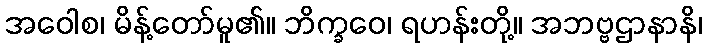
အဝေါစ၊ မိန့်တော်မူ၏။ ဘိက္ခဝေ၊ ရဟန်းတို့။ အဘဗ္ဗဌာနာနိ၊